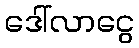
ဒေါ်လာငွေ